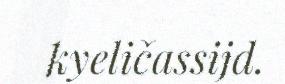
kyeličassijd.